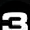
Digit: 3